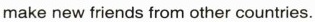
make new friends from other countries.